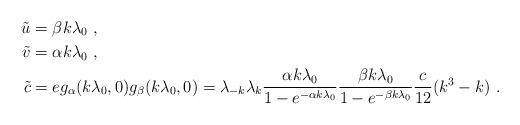
LaTeX: \begin{align*}\tilde u&=\beta k\lambda_0 \ , \cr\tilde v&=\alpha k\lambda_0 \ , \cr\tilde c&=eg_\alpha(k\lambda_0,0)g_{\beta}(k\lambda_0,0)=\lambda_{-k}\lambda_k{\alpha k\lambda_0\over 1-e^{-\alpha k\lambda_0}}{\beta k\lambda_0\over 1-e^{-\beta k\lambda_0}}{c\over 12}(k^3-k) \ .\end{align*}